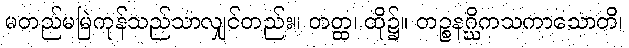
မတည်မမြဲကုန်သည်သာလျှင်တည်း။ တတ္ထ၊ ထို၌။ တဉ္စနဂ္ဃိကသကာသောတိ၊